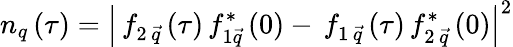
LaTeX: n_{q}\left(\tau\right)=\left|\, f_{2\, \vec{q}}\left(\tau\right)\, f_{1\vec{q}}^{\ast}\left(0\right)-\, f_{1\, \vec{q}}\left(\tau\right)\, f_{2\, \vec{q}}^{\ast}\left(0\right)\right|^{2}